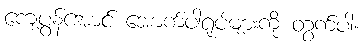
ကျေပွန်အောင် အောက်ပါရုပ်များကို တွက်ပါ။